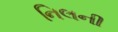
નિલની